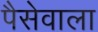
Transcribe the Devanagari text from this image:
पैसेवाला